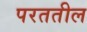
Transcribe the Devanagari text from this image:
परततील